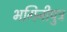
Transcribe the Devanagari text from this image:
भगिनीपुत्र